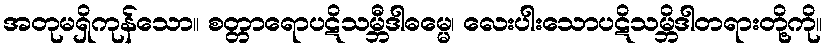
အတုမရှိကုန်သော။ စတ္တာရောပဋိသမ္ဘီဒါဓမ္မေ၊ လေးပါးသောပဋိသမ္ဘိဒါတရားတို့ကို။